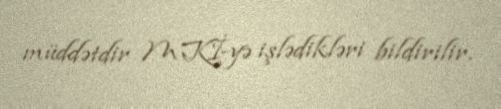
müddətdir MKİ-yə işlədikləri bildirilir.